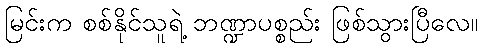
မြင်းက စစ်နိုင်သူရဲ့ ဘဏ္ဍာပစ္စည်း ဖြစ်သွားပြီလေ။